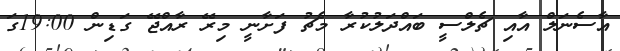
އާސެނަލް އާއި ޗެލްސީ ބައްދަލުކުރާ މެޗު ފަށާނީ މިރޭ ރާއްޖޭ ގަޑިން 19:00ގަ